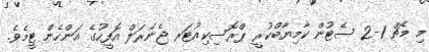
މި މެޗް 1-2 ސެޓުން ކާމިޔާބްކުރީ ޕްރޮސިކިއުޓަރ ޖެނެރަލް އޮފީހުގެ އަންހެން ޓީމެވެ.